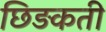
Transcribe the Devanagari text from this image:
छिड़कती